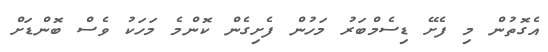
އެގޮތުން މި ފެށޭ ޑިސެމްބަރު މަހުން ފެށިގެން ކޮންމެ މަހަކު ވެސް ބޮންޑަށް